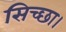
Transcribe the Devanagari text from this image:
सिच्‍छा।